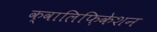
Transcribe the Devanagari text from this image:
क्वालिफ़िकेशन